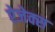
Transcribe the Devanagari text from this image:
ऐजेक्स